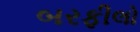
બરફીલો